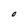
Character: O